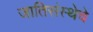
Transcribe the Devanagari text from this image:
जातिसंस्थेचे